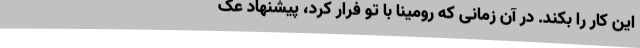
این کار را بکند. در آن زمانی که رومینا با تو فرار کرد، پیشنهاد عک